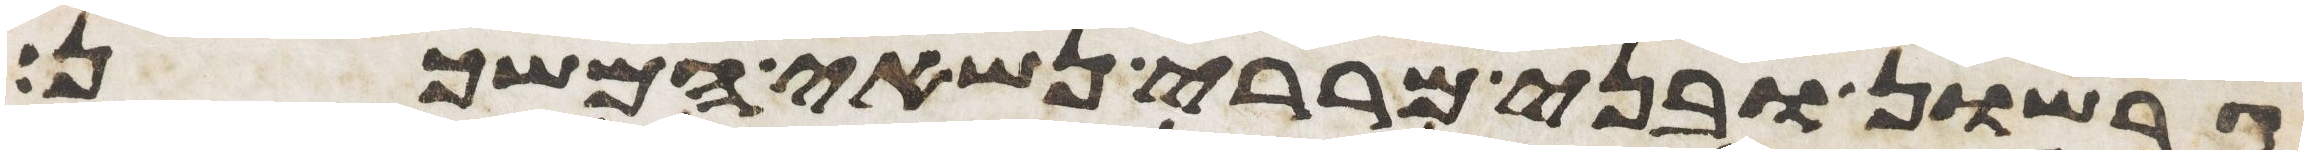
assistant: גרשון ובני מררי נשאי המשכן